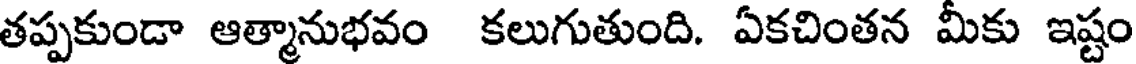
తప్పకుండా ఆత్మానుభవం కలుగుతుంది. ఏకచింతన మీకు ఇష్టం